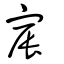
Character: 宸